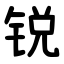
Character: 锐